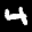
Label: 4